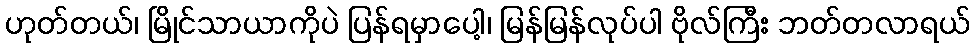
ဟုတ်တယ်၊ မြိုင်သာယာကိုပဲ ပြန်ရမှာပေါ့၊ မြန်မြန်လုပ်ပါ ဗိုလ်ကြီး ဘတ်တလာရယ်